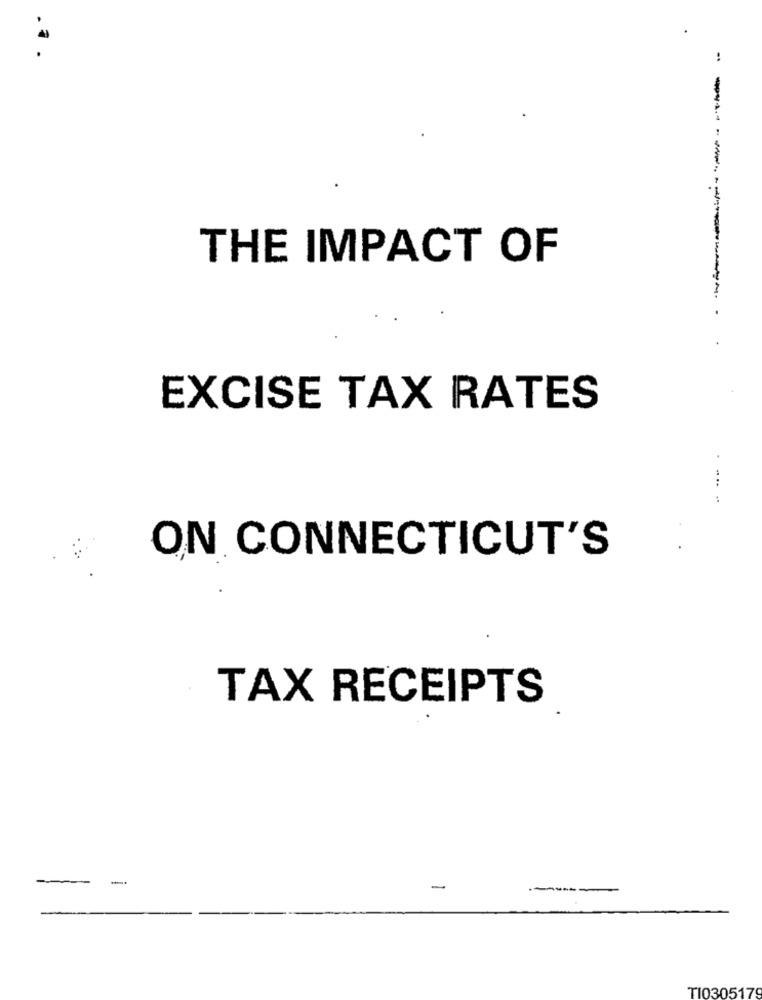
THE IMPACT OF
EXCISE TAX RATES
....
:
ON CONNECTICUT'S
TAX RECEIPTS
-
-----
TI030517